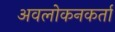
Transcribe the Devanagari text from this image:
अवलोकनकर्ता